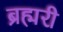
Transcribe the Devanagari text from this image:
ब्रह्मरी